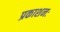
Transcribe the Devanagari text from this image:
प्रकाशनः